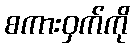
စကားဝှက်ကို